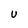
Character: U